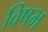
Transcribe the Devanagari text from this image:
विषभ